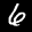
Label: 6